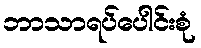
ဘာသာရပ်ပေါင်းစုံ